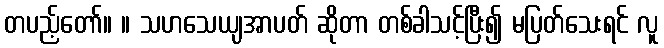
တပည့်တော်။ ။ သဟသေယျအာပတ် ဆိုတာ တစ်ခါသင့်ပြီး၍ မပြတ်သေးရင် လူ